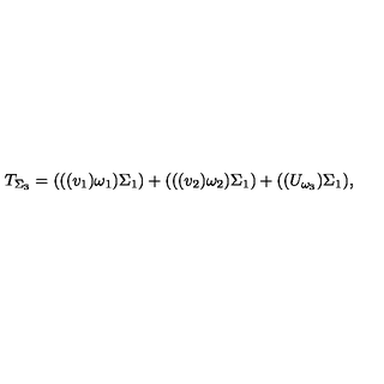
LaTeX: T _ { \Sigma _ { 3 } } = ( ( ( v _ { 1 } ) \omega _ { 1 } ) \Sigma _ { 1 } ) + ( ( ( v _ { 2 } ) \omega _ { 2 } ) \Sigma _ { 1 } ) + ( ( U _ { \omega _ { 3 } } ) \Sigma _ { 1 } ) ,